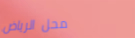
محل الرياض